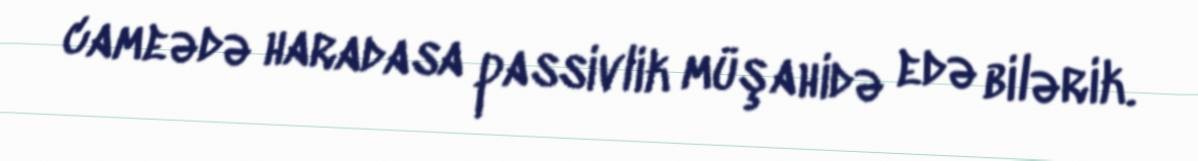
cameədə haradasa passivlik müşahidə edə bilərik.